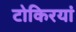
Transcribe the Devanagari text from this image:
टोकिरयां